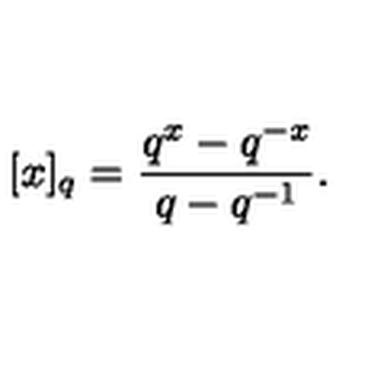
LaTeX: [ x ] _ { q } = \frac { q ^ { x } - q ^ { - x } } { q - q ^ { - 1 } } .